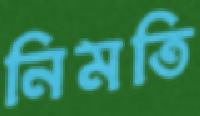
নিমতি